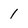
Character: 1